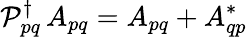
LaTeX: {\mathcal{P}_{pq}^{\dagger}\, A_{pq}=A_{pq}+A_{qp}^{*}}